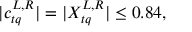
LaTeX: | c _ { t q } ^ { L , R } | = | X _ { t q } ^ { L , R } | \leq 0 . 8 4 ,